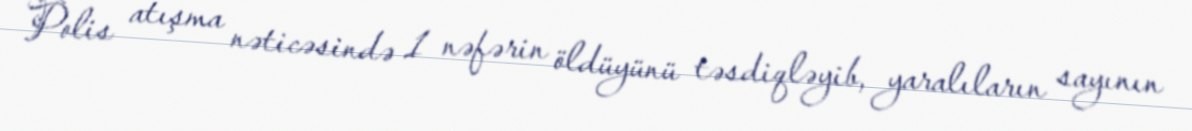
Polis atışma nəticəsində 1 nəfərin öldüyünü təsdiqləyib, yaralıların sayının